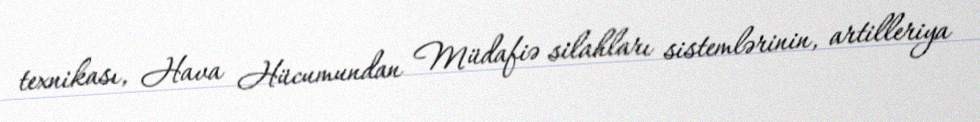
texnikası, Hava Hücumundan Müdafiə silahları sistemlərinin, artilleriya